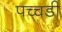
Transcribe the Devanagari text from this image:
पच्चडी